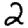
Digit: 2